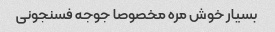
بسیار خوش مره مخصوصا جوجه فسنجونی